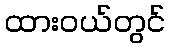
ထားဝယ်တွင်